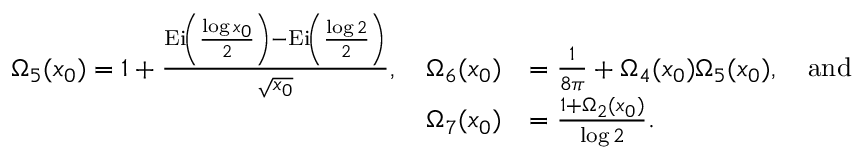
\begin{array} { r l } { \Omega _ { 5 } ( x _ { 0 } ) = 1 + \frac { \operatorname { E i } \! \left( \frac { \log { x _ { 0 } } } { 2 } \right) - \operatorname { E i } \! \left( \frac { \log { 2 } } { 2 } \right) } { \sqrt { x _ { 0 } } } , \quad \Omega _ { 6 } ( x _ { 0 } ) } & { = \frac { 1 } { 8 \pi } + \Omega _ { 4 } ( x _ { 0 } ) \Omega _ { 5 } ( x _ { 0 } ) , \quad \mathrm { a n d } } \\ { \Omega _ { 7 } ( x _ { 0 } ) } & { = \frac { 1 + \Omega _ { 2 } ( x _ { 0 } ) } { \log { 2 } } . } \end{array}